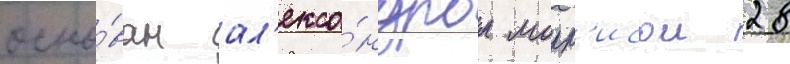
осно́ван ал'екса́ндром морр'исом 28